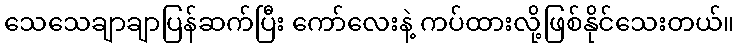
သေသေချာချာပြန်ဆက်ပြီး ကော်လေးနဲ့ ကပ်ထားလို့ဖြစ်နိုင်သေးတယ်။